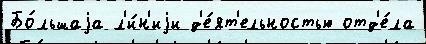
Бо́льшаjа л'и́н'иjи д'е́ят'ельностью отд'е́ла